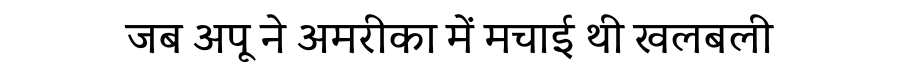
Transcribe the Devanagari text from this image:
जब अपू ने अमरीका में मचाई थी खलबली